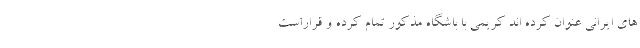
های ایرانی عنوان کرده اند کریمی با باشگاه مذکور تمام کرده و قراراست